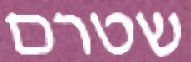
שטרם